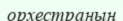
орхестраның